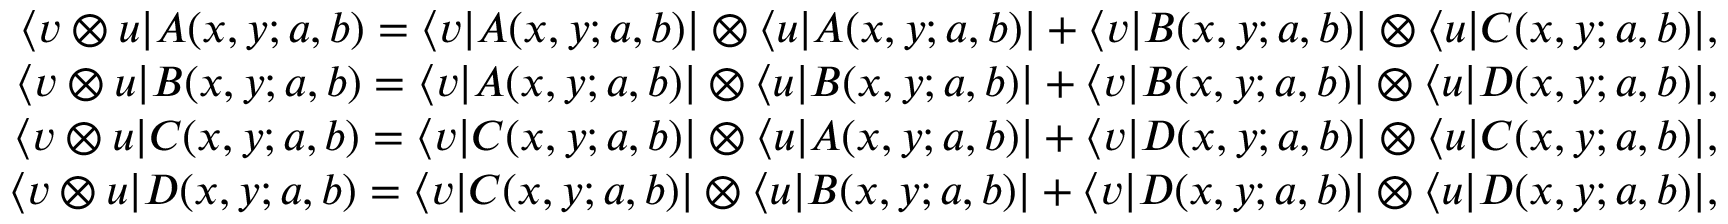
\begin{array} { r } { \langle v \otimes u | A ( x , y ; a , b ) = \langle v | A ( x , y ; a , b ) | \otimes \langle u | A ( x , y ; a , b ) | + \langle v | B ( x , y ; a , b ) | \otimes \langle u | C ( x , y ; a , b ) | , } \\ { \langle v \otimes u | B ( x , y ; a , b ) = \langle v | A ( x , y ; a , b ) | \otimes \langle u | B ( x , y ; a , b ) | + \langle v | B ( x , y ; a , b ) | \otimes \langle u | D ( x , y ; a , b ) | , } \\ { \langle v \otimes u | C ( x , y ; a , b ) = \langle v | C ( x , y ; a , b ) | \otimes \langle u | A ( x , y ; a , b ) | + \langle v | D ( x , y ; a , b ) | \otimes \langle u | C ( x , y ; a , b ) | , } \\ { \langle v \otimes u | D ( x , y ; a , b ) = \langle v | C ( x , y ; a , b ) | \otimes \langle u | B ( x , y ; a , b ) | + \langle v | D ( x , y ; a , b ) | \otimes \langle u | D ( x , y ; a , b ) | , } \end{array}